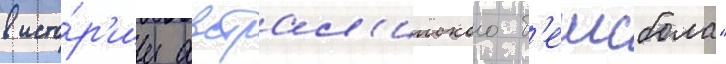
в исто́р'ии австрал'ииского б'еисбола"